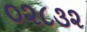
૦૨૮૩૨